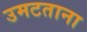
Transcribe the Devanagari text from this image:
उमटताना